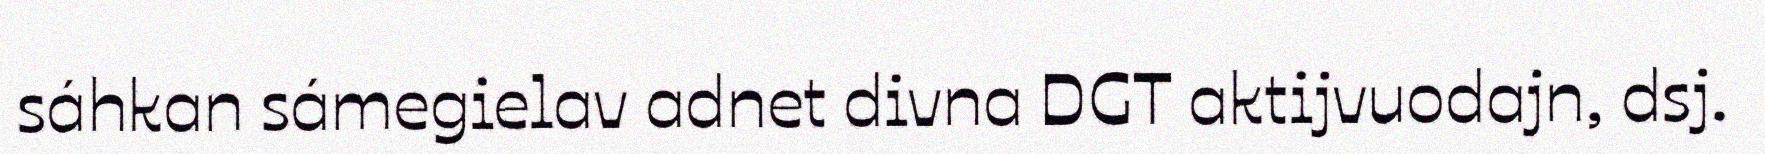
sáhkan sámegielav adnet divna DGT aktijvuodajn, dsj.